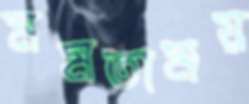
মমতাময়